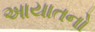
આયાતનો